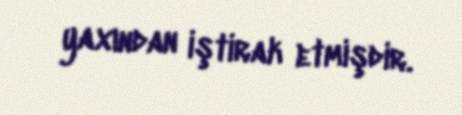
yaxından iştirak etmişdir.